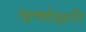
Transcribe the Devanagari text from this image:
वर्णाक्षरी